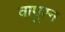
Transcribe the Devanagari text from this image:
वापूरन